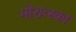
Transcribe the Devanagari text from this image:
मोराव्स्का